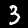
Label: 3